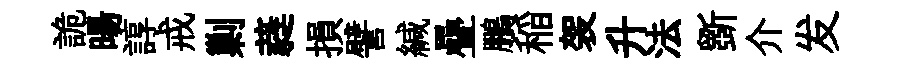
詭暘諄戒剿蕤損譬緘疊鵬稲袈升法斵介发